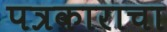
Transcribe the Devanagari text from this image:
पत्रकाराचा